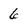
Character: 6